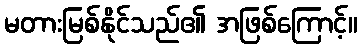
မတားမြစ်နိုင်သည်၏ အဖြစ်ကြောင့်။